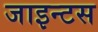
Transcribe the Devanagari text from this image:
जाइन्टस